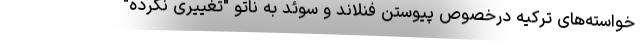
خواسته‌های ترکیه درخصوص پیوستن فنلاند و سوئد به ناتو "تغییری نکرده"